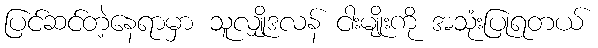
ပြင်ဆင်တဲ့နေရာမှာ သူလျှိုဒလန် ငါးမျိုးကို အသုံးပြုရတယ်